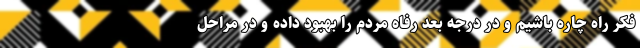
فکر راه چاره باشیم و در درجه بعد رفاه مردم را بهبود داده و در مراحل